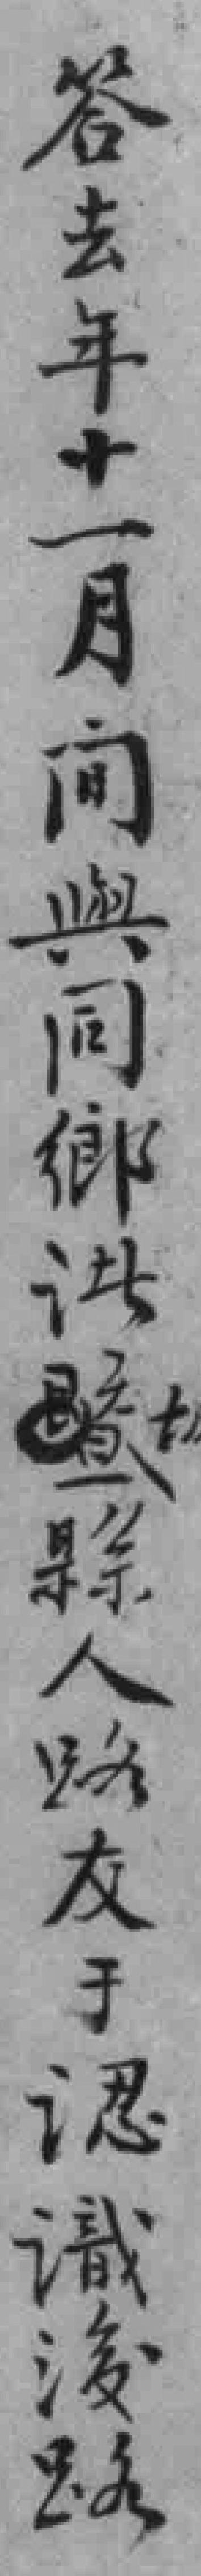
答去年十一月间與同鄉洪縣人路友于認識後路